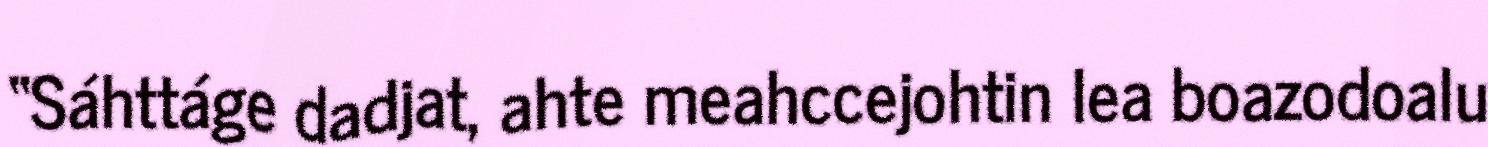
“Sáhttáge dadjat, ahte meahccejohtin lea boazodoalu